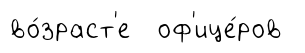
во́зраст'е оф'ице́ров